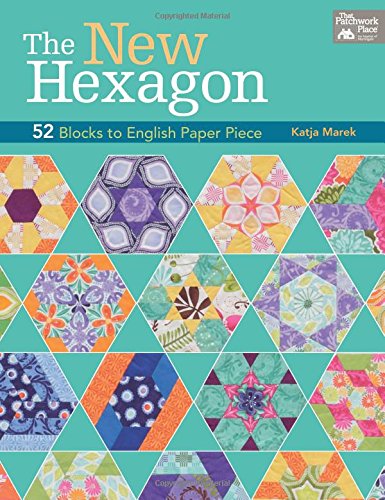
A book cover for The New Hexagon: 52 Blocks to English Paper Piece; Katja Marek; Crafts, Hobbies & Home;